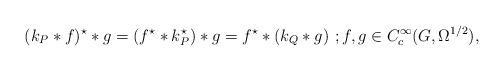
LaTeX: \begin{align*} (k_P*f)^\star * g = (f^\star *k_P^\star )*g = f^\star *(k_Q*g) \ ; f,g\in C^\infty_c(G,\Omega^{1/2}),\end{align*}